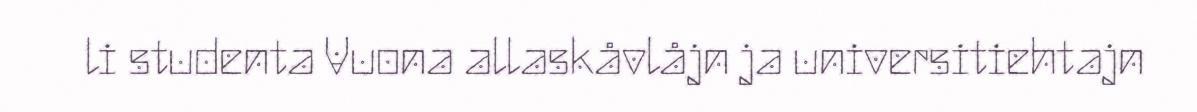
li studenta Vuona allaskåvlåjn ja universitiehtajn